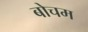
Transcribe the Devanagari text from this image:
बोचम